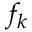
f _ { k }